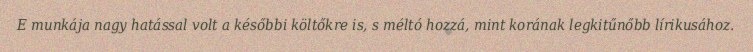
E munkája nagy hatással volt a későbbi költőkre is, s méltó hozzá, mint korának legkitűnőbb lírikusához.